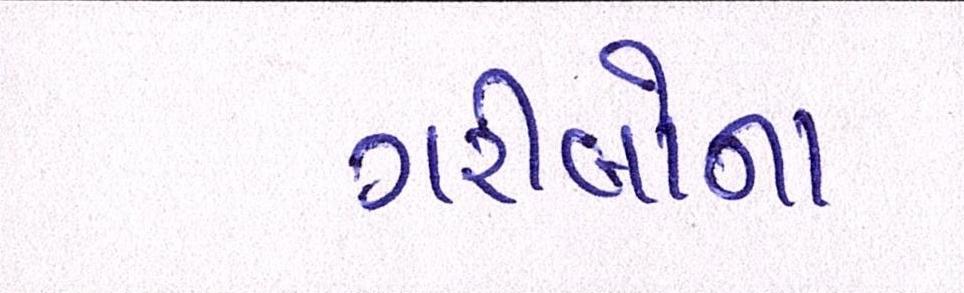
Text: ગરીબોના